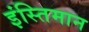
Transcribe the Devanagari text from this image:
इंस्तिमान